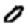
Digit: 0